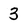
Character: 3